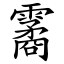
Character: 霱